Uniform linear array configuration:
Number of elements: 4
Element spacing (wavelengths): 0.25
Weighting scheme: kaiser
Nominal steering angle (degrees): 15
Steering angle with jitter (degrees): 14.399
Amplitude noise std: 0.05
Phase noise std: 0.05

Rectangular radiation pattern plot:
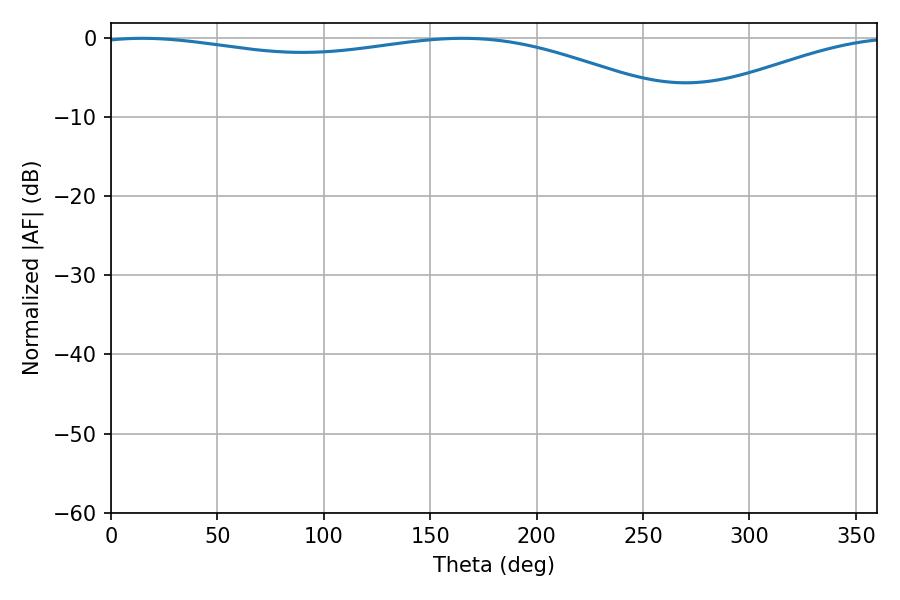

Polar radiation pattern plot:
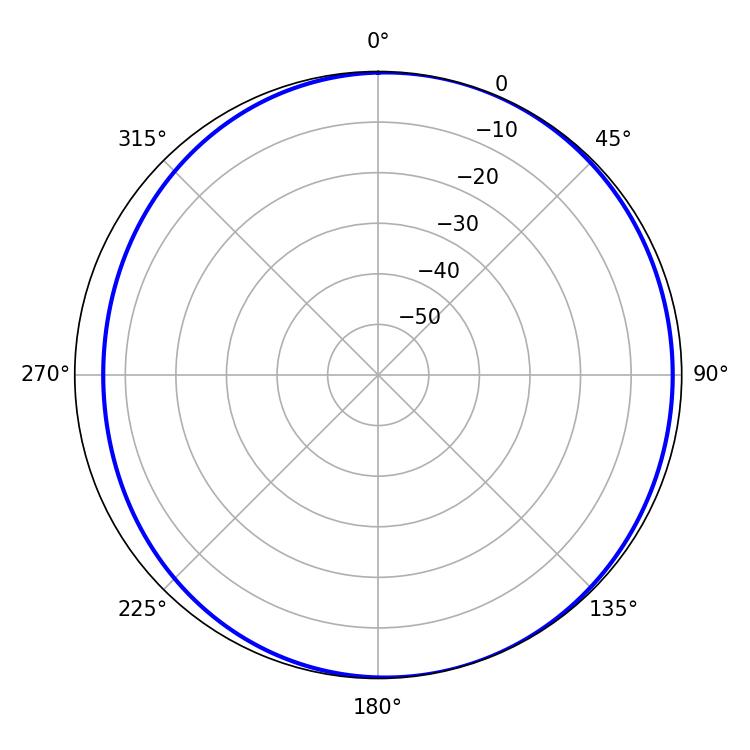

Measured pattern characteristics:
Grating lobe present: FALSE
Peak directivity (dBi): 4.445
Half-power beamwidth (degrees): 224.1
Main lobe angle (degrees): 14.76